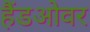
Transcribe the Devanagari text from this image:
हैंडओवर